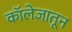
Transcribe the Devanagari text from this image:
काॅलेजातून